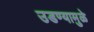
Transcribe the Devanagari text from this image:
उडण्यामुळे